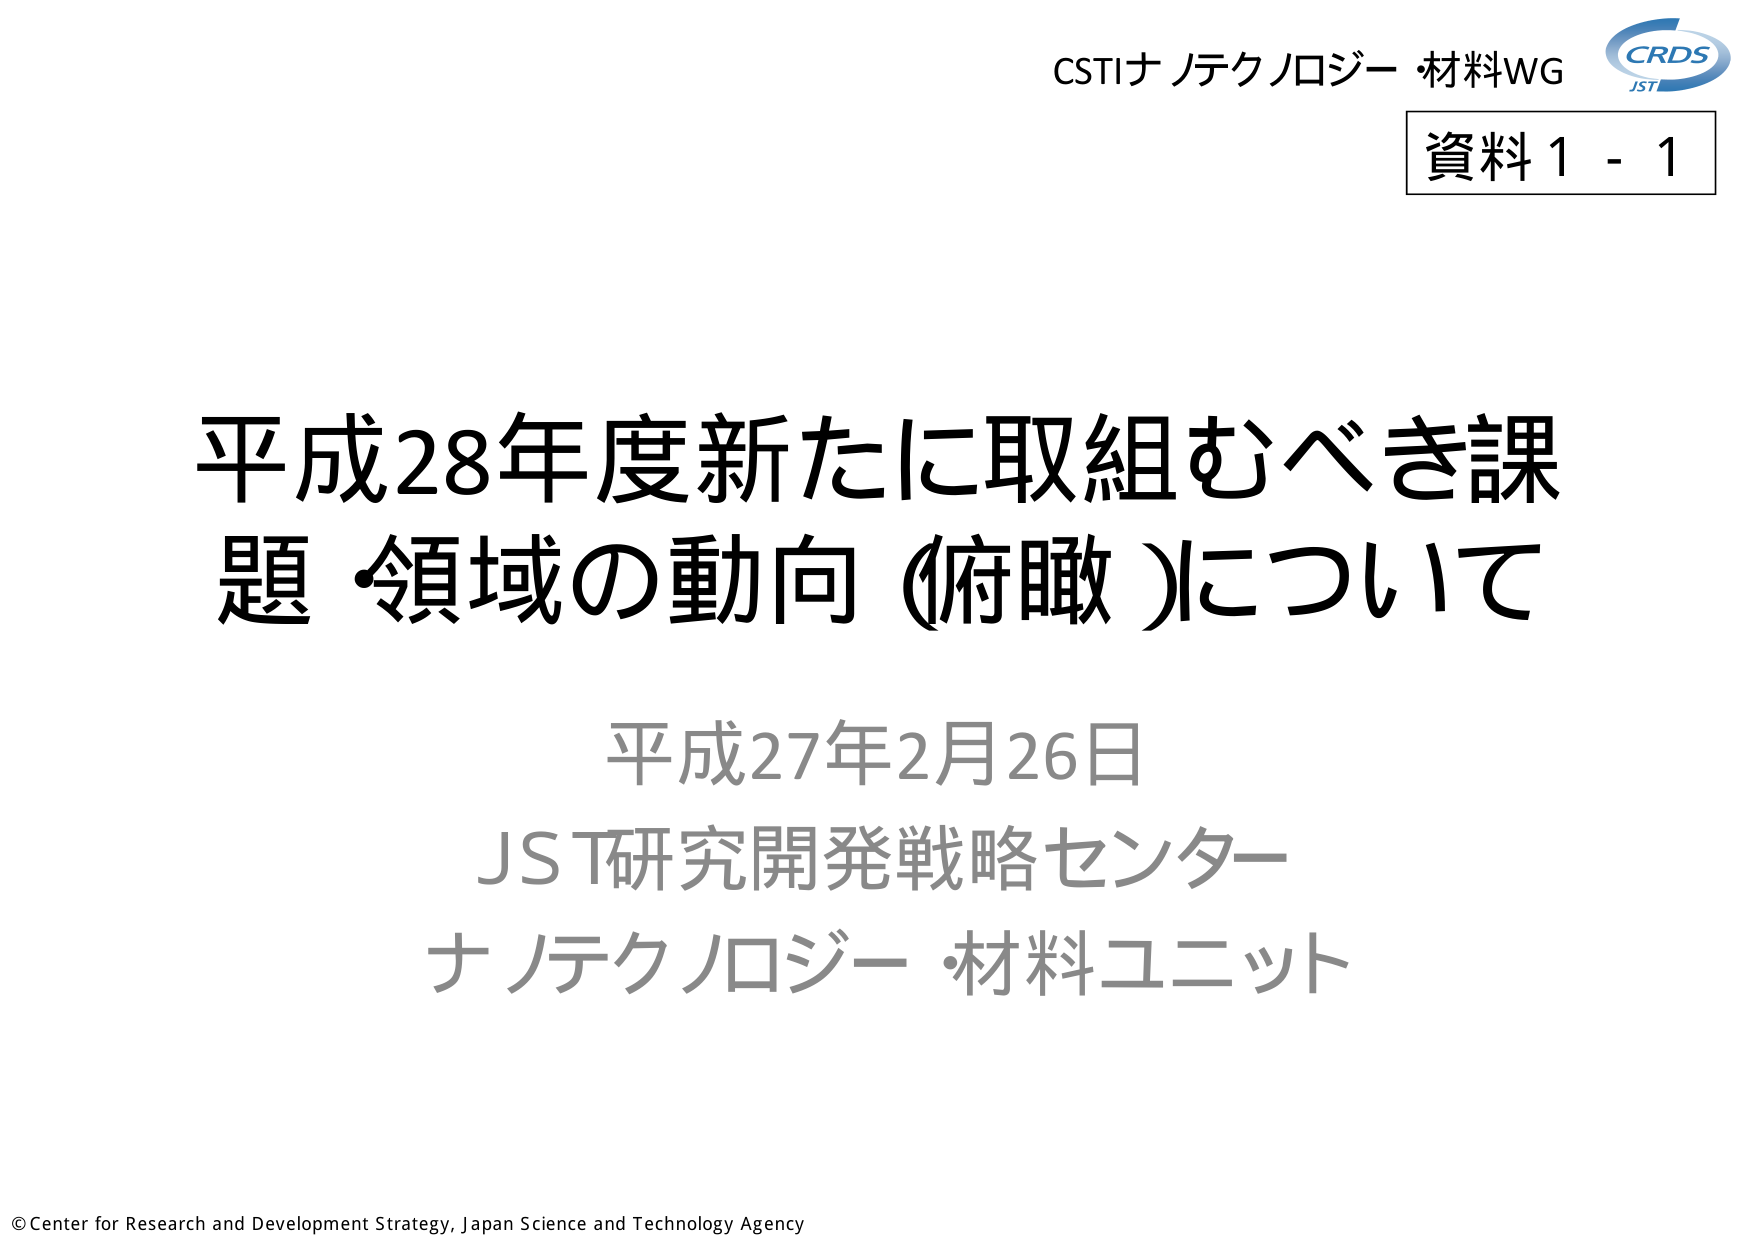
CSTIナノテクノロジー・材料WG
資料1 - 1
平成28年度新たに取組むべき課題・領域の動向（俯瞰）について
平成27年2月26日
JST研究開発戦略センター
ナノテクノロジー・材料ユニット
© Center for Research and Development Strategy, Japan Science and Technology Agency
CRDS
JST